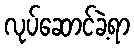
လုပ်ဆောင်ခဲ့ရာ